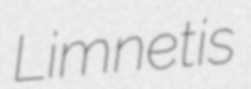
Limnetis